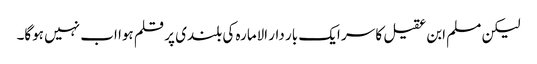
لیکن مسلم ابن عقیل کا سر ایک بار دار الامارہ کی بلندی پر قلم ہوا اب نہیں ہوگا۔